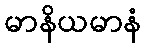
မာနိယမာနံ